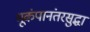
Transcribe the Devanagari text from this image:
भूकंपानंतरसुद्धा